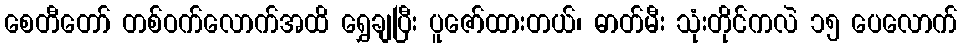
စေတီတော် တစ်ဝက်လောက်အထိ ရွှေချပြီး ပူဇော်ထားတယ်၊ ဓာတ်မီး သုံးတိုင်ကလဲ ၁၅ ပေလောက်